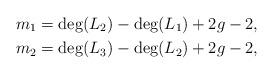
LaTeX: \begin{align*} m_1 &= \deg(L_2)-\deg(L_1) + 2g-2,\\ m_2 &= \deg(L_3)-\deg(L_2) + 2g-2,\end{align*}